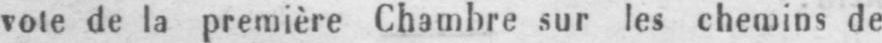
vote de la première Chambre sur les chemins de